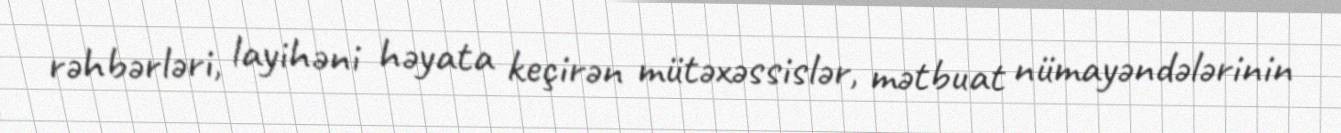
rəhbərləri, layihəni həyata keçirən mütəxəssislər, mətbuat nümayəndələrinin